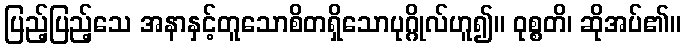
ပြည့်ပြည့်သေ အနာနှင့်တူသောစိတရှိသောပုဂ္ဂိုလ်ဟူ၍။ ဝုစ္စတိ၊ ဆိုအပ်၏။